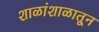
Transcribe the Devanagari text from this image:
शाळांशाळातून